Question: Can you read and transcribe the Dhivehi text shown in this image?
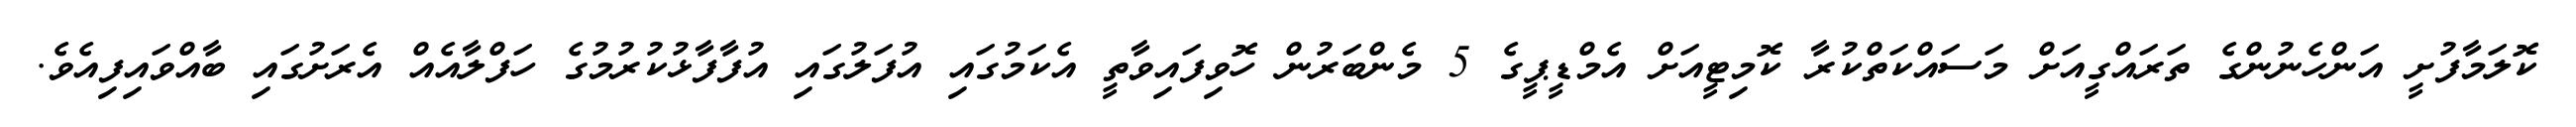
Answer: ކޮލަމާފުށީ އަންހެނުންގެ ތަރައްގީއަށް މަސައްކަތްކުރާ ކޮމިޓީއަށް އެމްޑީޕީގެ 5 މެންބަރުން ހޮވިފައިވާތީ އެކަމުގައި އުފަލުގައި އުފާފާޅުކުރުމުގެ ހަފްލާއެއް އެރަށުގައި ބާއްވައިފިއެވެ.